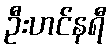
ဦးဟင်နရီ